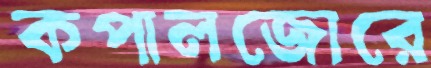
কপালজোরে